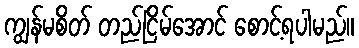
ကျွန်မစိတ် တည်ငြိမ်အောင် စောင့်ရပါမည်။